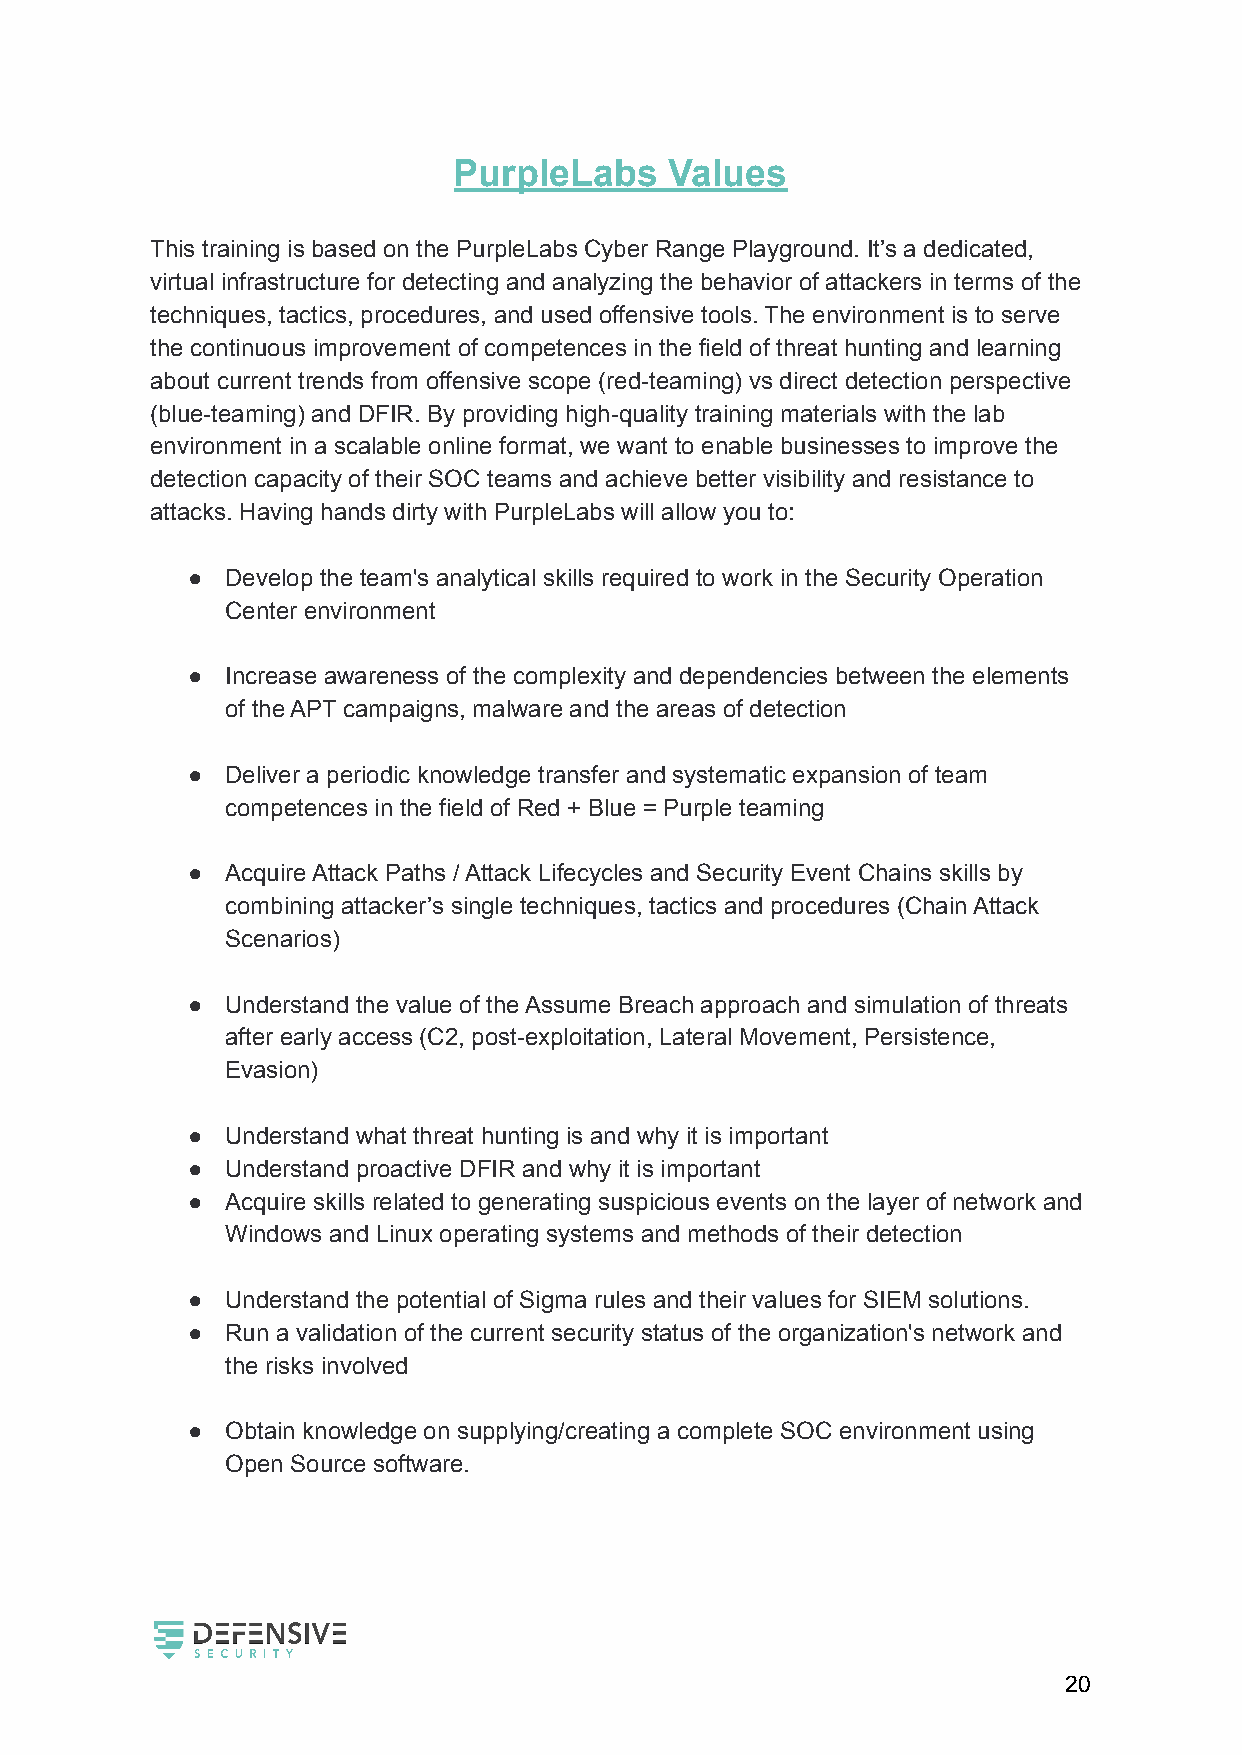
PurpleLabs    Values
 This training is based on the PurpleLabs Cyber Range Playground. It’s a dedicated,
 virtual infrastructure for detecting and analyzing the behavior of attackers in terms of the
 techniques, tactics, procedures, and used offensive tools. The environment is to serve
 the continuous improvement of competences in the field of threat hunting and learning
 about current trends from offensive scope (red-teaming) vs direct detection perspective
 (blue-teaming) and DFIR. By providing high-quality training materials with the lab
 environment in a scalable online format, we want to enable businesses to improve the
 detection capacity of their SOC teams and achieve better visibility and resistance to
 attacks. Having hands dirty with PurpleLabs will allow you to:
 ●  Develop the team's analytical skills required to work in the Security Operation
 Center environment
 ●  Increase awareness of the complexity and dependencies between the elements
 of the APT campaigns, malware and the areas of detection
 ●  Deliver a periodic knowledge transfer and systematic expansion of team
 competences in the field of Red + Blue = Purple teaming
 ●  Acquire Attack Paths / Attack Lifecycles and Security Event Chains skills by
 combining attacker’s single techniques, tactics and procedures (Chain Attack
 Scenarios)
 ●  Understand the value of the Assume Breach approach and simulation of threats
 after early access (C2, post-exploitation, Lateral Movement, Persistence,
 Evasion)
 ●  Understand what threat hunting is and why it is important
 ●  Understand proactive DFIR and why it is important
 ●  Acquire skills related to generating suspicious events on the layer of network and
 Windows and Linux operating systems and methods of their detection
 ●  Understand the potential of Sigma rules and their values for SIEM solutions.
 ●  Run a validation of the current security status of the organization's network and
 the risks involved
 ●  Obtain knowledge on supplying/creating a complete SOC environment using
 Open Source software.
 20